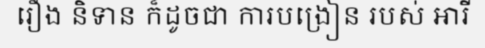
រឿង និទាន ក៏ដូចជា ការបង្រៀន របស់ អារី